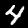
Label: 4